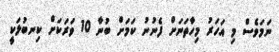
ނަމަވެސް މި އަހަރު މިހާތަނަށް ފެނުނު ކަމަށް ބުނާ 10 ވަރަކަށް ކިނބުލަކީ